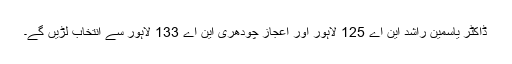
ڈاکٹر یاسمین راشد این اے 125 لاہور اور اعجاز چودھری این اے 133 لاہور سے انتخاب لڑیں گے۔